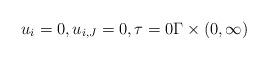
LaTeX: \begin{align*}u_i = 0, u_{i,J} = 0, \tau = 0 \Gamma \times (0, \infty)\end{align*}